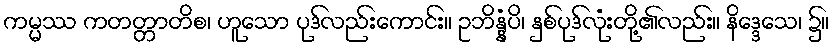
ကမ္မဿ ကတတ္တာတိစ၊ ဟူသော ပုဒ်လည်းကောင်း။ ဥဘိန္နံပိ၊ နှစ်ပုဒ်လုံးတို့၏လည်း။ နိဒ္ဒေသေ၊ ၌။